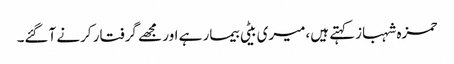
حمزہ شہبازکہتے ہیں،میری بیٹی بیمار ہے اور مجھے گرفتار کرنے آگئے۔